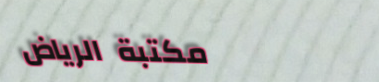
مكتبة الرياض